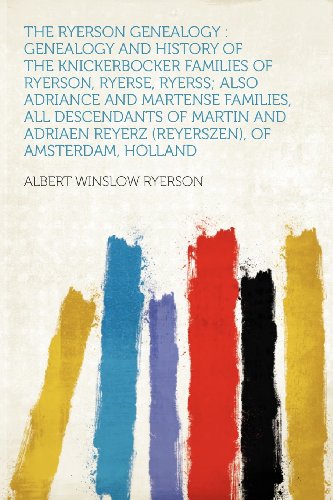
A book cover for The Ryerson Genealogy: Genealogy and History of the Knickerbocker Families of Ryerson, Ryerse, Ryerss; Also Adriance and Martense Families, All ... Reyerz (Reyerszen), of Amsterdam, Holland; Albert Winslow Ryerson; History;